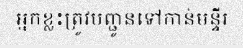
អ្នកខ្លះត្រូវបញ្ជូនទៅកាន់មន្ទីរ